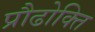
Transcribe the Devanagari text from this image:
प्रौढोक्ति